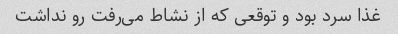
غذا سرد بود و توقعی که از نشاط می‌رفت رو نداشت